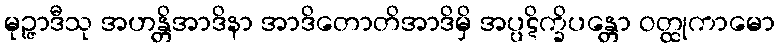
မုဉ္ဇာဒီသု အဟန္တိအာဒိနာ အာဒိတောတိအာဒိမှိ အပ္ပဋိက္ခိပန္တော ဝတ္ထုကာမော